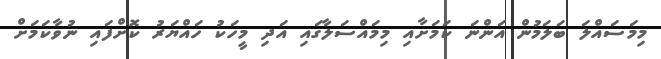
މިމަސައްލަ ބަލަމުން އަންނަ ކަަމަށާއި މިމައްސަލާގައި އަދި މީހަކު ހައްޔަރު ކޮށްފައި ނުވާކަމަށް